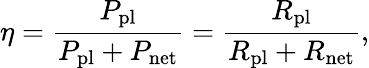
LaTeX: \eta=\frac{P_{\mathrm{pl}}}{P_{\mathrm{pl}}+P_{\mathrm{net}}}=\frac{R_{\mathrm{pl}}}{R_{\mathrm{pl}}+R_{\mathrm{net}}},